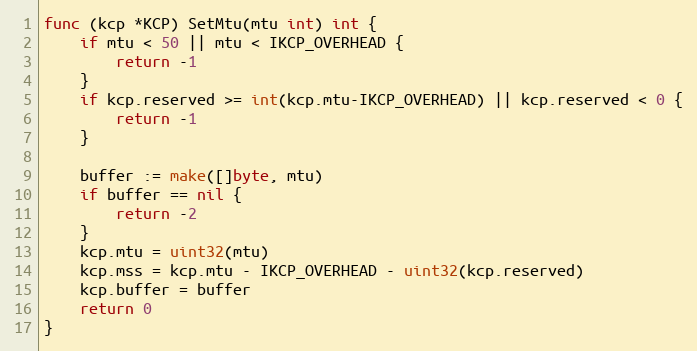
Language: Go
func (kcp *KCP) SetMtu(mtu int) int {
	if mtu < 50 || mtu < IKCP_OVERHEAD {
		return -1
	}
	if kcp.reserved >= int(kcp.mtu-IKCP_OVERHEAD) || kcp.reserved < 0 {
		return -1
	}

	buffer := make([]byte, mtu)
	if buffer == nil {
		return -2
	}
	kcp.mtu = uint32(mtu)
	kcp.mss = kcp.mtu - IKCP_OVERHEAD - uint32(kcp.reserved)
	kcp.buffer = buffer
	return 0
}